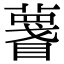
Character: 𥋚